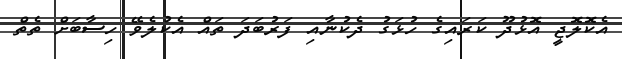
އެކޮލޮޖީ އޮޅުދޫ ކަރައިގެ ހުޅަގު ދެކުނާއި ފަރުބަދަ ތައް އެކުލެވޭ ހިސާބަށް ތެތް